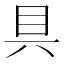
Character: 具